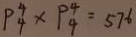
P _ { 4 } ^ { 4 } \times P _ { 4 } ^ { 4 } = 5 7 6